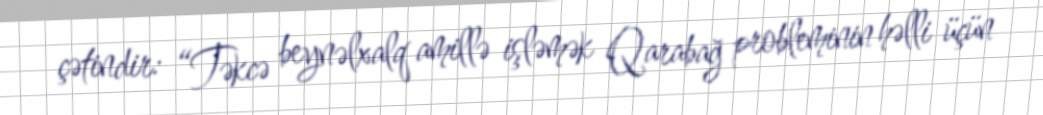
çətindir: “Təkcə beynəlxalq amillə işləmək Qarabağ probleminin həlli üçün